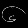
Digit: ၆